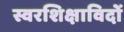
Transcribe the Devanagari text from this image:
स्वरशिक्षाविदों